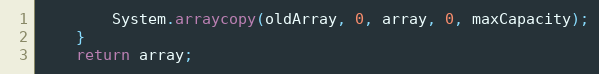
Language: Java
	    System.arraycopy(oldArray, 0, array, 0, maxCapacity);
	}
	return array;